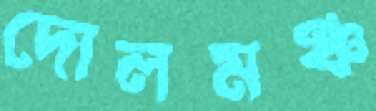
দোলমঞ্চ